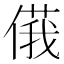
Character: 𠌾